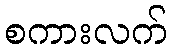
စကားလက်